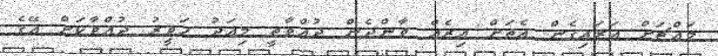
މައްޗަށް އަރައިގެން އެތަށް އިރެއް ވާންދެން ދުއްވާތީ މިއަދު ހަވީރު ދުއްވާކަށް އޭގެ